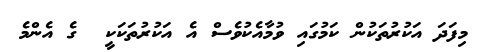
މިފަދަ އަކުރުތަކުން ކަމުގައި ވުމާއެކުވެސް އެ އަކުރުތަކަކީ  ގެ އެންމެ